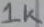
Text: 1k